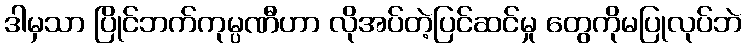
ဒါမှသာ ပြိုင်ဘက်ကုမ္ပဏီဟာ လိုအပ်တဲ့ပြင်ဆင်မှု တွေကိုမပြုလုပ်ဘဲ